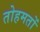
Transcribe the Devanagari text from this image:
तोहमतों